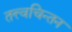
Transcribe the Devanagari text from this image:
तत्त्वचिन्तन